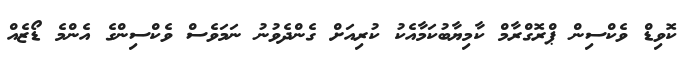
ކޮވިޑް ވެކްސިން ޕްރޮގްރާމް ކާމިޔާބުކަމާއެކު ކުރިއަށް ގެންދެވުނު ނަމަވެސް ވެކްސިންގެ އެންމެ ޑޯޒެއް